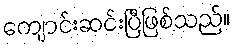
ကျောင်းဆင်းပြီဖြစ်သည်။